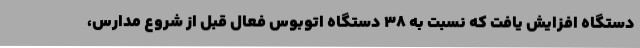
دستگاه افزایش یافت که نسبت به 38 دستگاه اتوبوس فعال قبل از شروع مدارس،